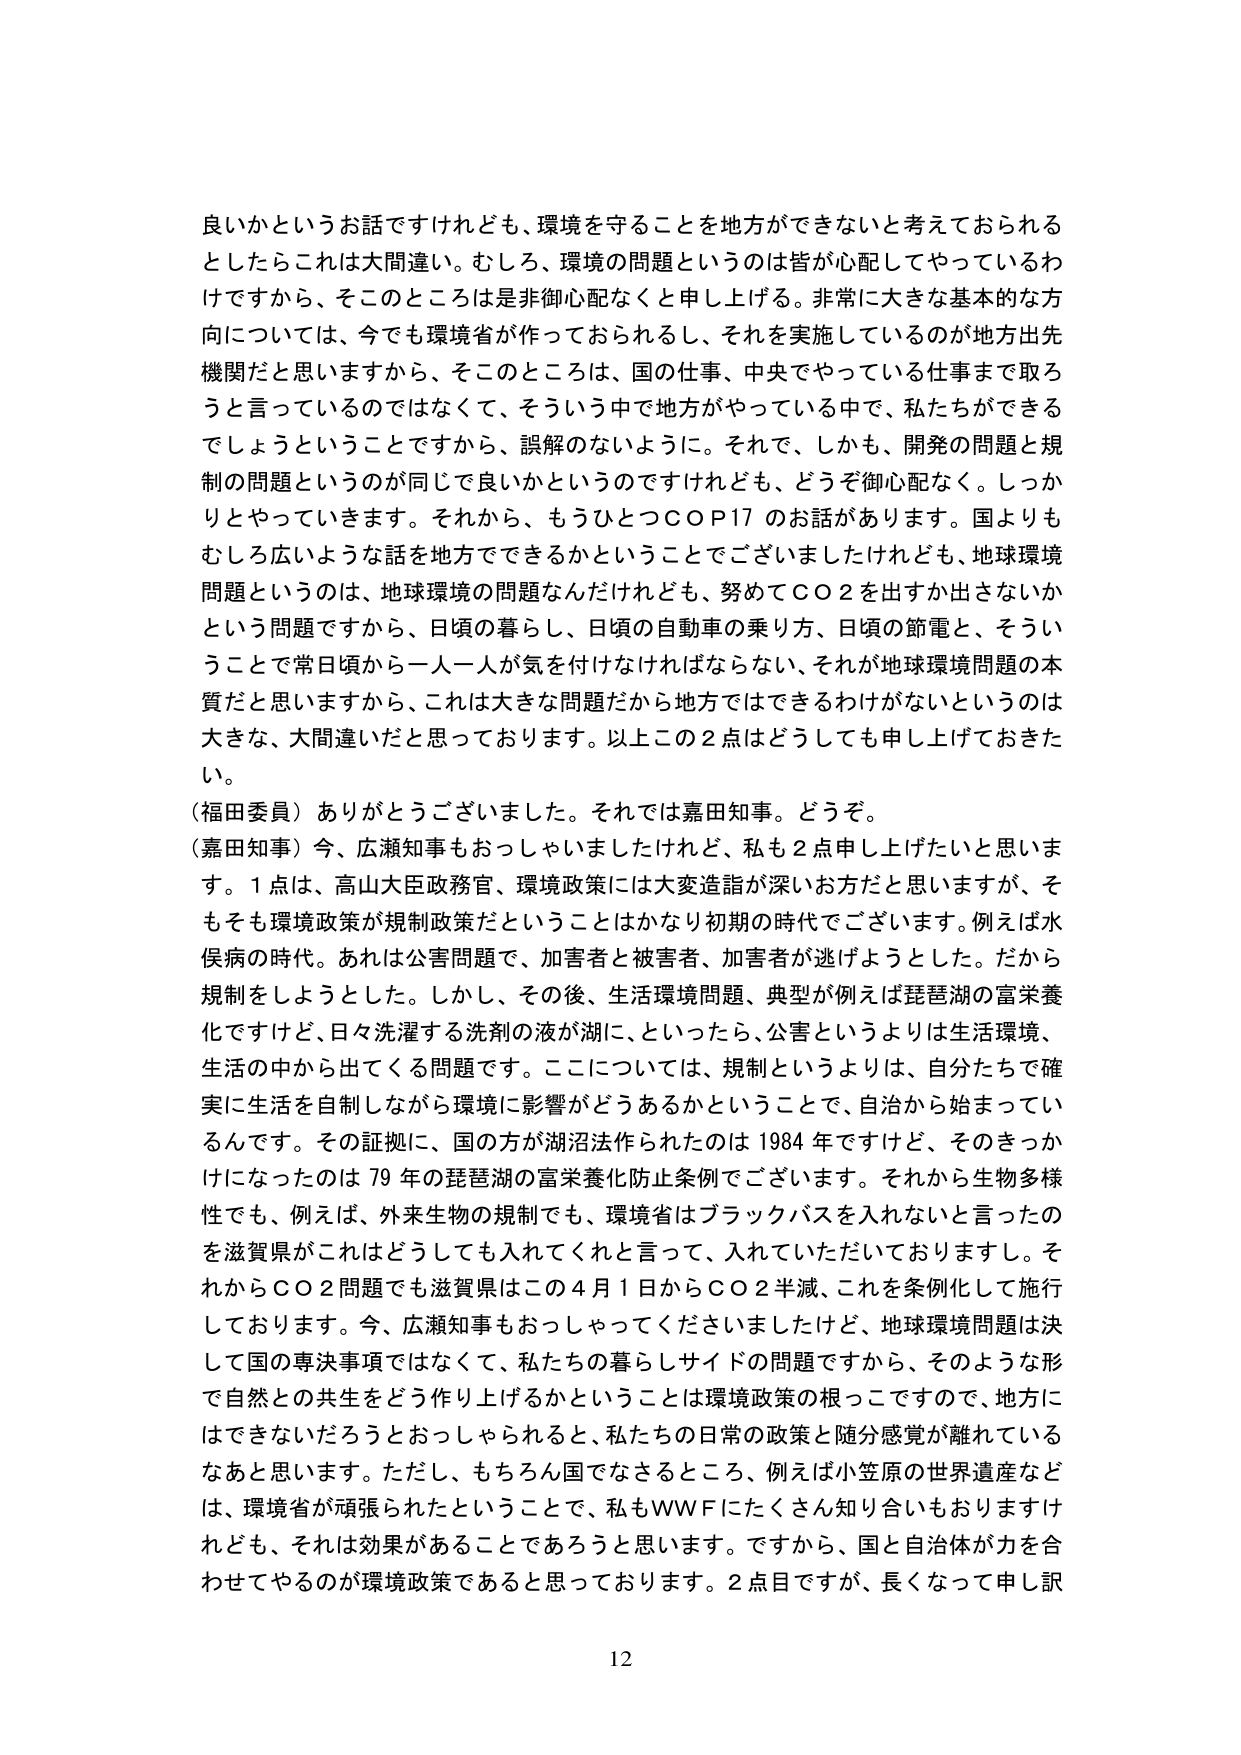
良いかというお話ですけれども、環境を守ることを地方ができないと考えておられる
としたらこれは大間違い。むしろ、環境の問題というのは皆が心配してやっているわ
けですから、そこのところは非御心配なくと申し上げる。非常に大きな基本的な方
向については、今でも環境省が作っておられるし、それを実施しているのが地方出先
機関だと思いますから、そこのところは、国の仕事、中央でやっている仕事まで取ろ
うと言っているのではなくて、そういう中で地方がやっている中で、私たちができる
でしょうということですから、誤解のないように。それで、しかも、開発の問題と規
制の問題というのが同じで良いかというのですけれども、どうぞ御心配なく。しっか
りとやっていきます。それから、もうひとつＣＯＰ17 のお話があります。国よりも
むしろ広いような話を地方でできるかということでございましたけれども、地球環境
問題というのは、地球環境の問題なんだけれども、努めてＣＯ２を出すか出さないか
という問題ですから、日頃の暮らし、日頃の自動車の乗り方、日頃の節電と、そうい
うことで常日頃から一人一人が気を付けなければならない、それが地球環境問題の本
質だと思いますから、これは大きな問題だから地方ではできるわけがないというのは
大きな、大間違いだと思っております。以上この２点はどうしても申し上げておきた
い。

（福田委員）ありがとうございました。それでは嘉田知事。どうぞ。

（嘉田知事）今、広瀬知事もおっしゃいましたけれど、私も２点申し上げたいと思いま
す。１点は、高山大臣政務官、環境政策には大変造詣が深いお方だと思いますが、そ
もそも環境政策が規制政策だということはかなり初期の時代でございます。例えば水
俣病の時代。あれは公害問題で、加害者と被害者、加害者が逃げようとした。だから
規制をしようとした。しかし、その後、生活環境問題、典型が例えば琵琶湖の富栄養
化ですけど、日々洗濯する洗剤の液が湖に、といったら、公害というよりは生活環境、
生活の中から出てくる問題です。ここについては、規制というよりは、自分たちで確
実に生活を自制しながら環境に影響がどうあるかということで、自治から始まってい
るんです。その証拠に、国の方が湖沼法作られたのは1984年ですけど、そのきっかけ
になったのは79年の琵琶湖の富栄養化防止条例でございます。それから生物多様
性でも、例えば、外来生物の規制でも、環境省はブラックバスを入れないと言ったの
を滋賀県がこれはどうしても入れてくれと言って、入れていただいておりますし。そ
れからＣＯ２問題でも滋賀県はこの４月１日からＣＯ２半減、これを条例化して施行
しております。今、広瀬知事もおっしゃってくださいましたけど、地球環境問題は決
して国の専決事項ではなくて、私たちの暮らしサイドの問題ですから、そのような形
で自然との共生をどう作り上げるかということは環境政策の根っこですので、地方に
はできないだろうとおっしゃられると、私たちの日常の政策と随分感覚が離れている
なあと思います。ただし、もちろん国でなさるところ、例えば小笠原の世界遺産など
は、環境省が頑張られたということで、私もＷＷＦにたくさん知り合いもおりますけ
れども、それは効果があることであろうと思います。ですから、国と自治体が力を合
わせてやるのが環境政策であると思っております。２点目ですが、長くなって申し訳

12